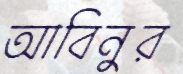
আবিনুর